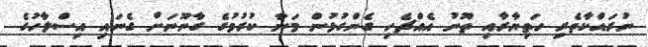
ނުރައްކާތެރި ހަތިޔާރާއި ތޫނު އެއްޗެހި ގެންގުޅުން މަނާ ކުރުމުގެ ގާނޫނަށް ގެނައި އިސްލާހުގެ